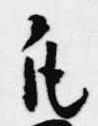
凡